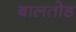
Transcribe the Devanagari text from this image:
बालतोड